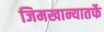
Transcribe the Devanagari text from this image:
जिमखान्यातर्फे